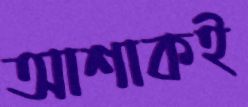
আশাকই